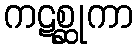
ကဋစ္ဆုကာ